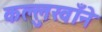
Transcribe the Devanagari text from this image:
कल्लुखाँने